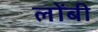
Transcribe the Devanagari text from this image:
लोंबी